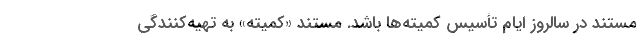
مستند در سالروز ایام تأسیس کمیته‌ها باشد. مستند «کمیته» به تهیه‌کنندگی